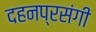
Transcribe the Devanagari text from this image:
दहनप्रसंगी